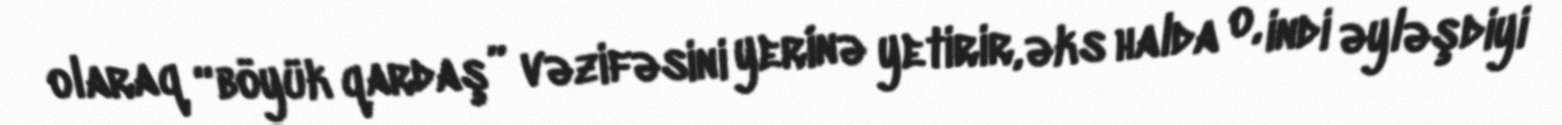
olaraq “böyük qardaş” vəzifəsini yerinə yetirir, əks halda o, indi əyləşdiyi